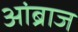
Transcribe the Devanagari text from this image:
आंब्राज